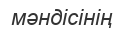
мәндісінің